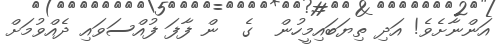
އަންނާށެވެ! އަދި ތިޔަބައިމީހުން  ގެ  ން ފާފަ ފުއްސަވައި ދެއްވުމަށް